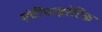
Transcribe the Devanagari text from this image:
एंटीपाइरेटिक